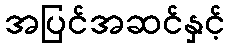
အပြင်အဆင်နှင့်